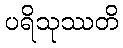
ပရိသုဿတိ